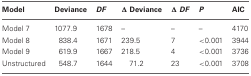
| Model | Deviance | DF | Δ Deviance | Δ DF | P | AIC |
 | --- | --- | --- | --- | --- | --- | --- |
 | Model 7 | 1077.9 | 1678 | – | – | – | 4170 |
 | Model 8 | 838.4 | 1671 | 239.5 | 7 | <0.001 | 3944 |
 | Model 9 | 619.9 | 1667 | 218.5 | 4 | <0.001 | 3736 |
 | Unstructured | 548.7 | 1644 | 71.2 | 23 | <0.001 | 3708 |